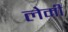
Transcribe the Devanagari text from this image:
लेमी